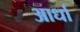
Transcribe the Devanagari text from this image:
आर्धा